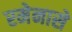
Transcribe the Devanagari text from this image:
रमेनासे